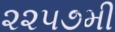
૨૨૫૭મી